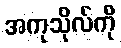
အကုသိုလ်ကို